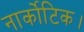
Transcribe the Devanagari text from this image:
नार्कोटिक।